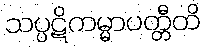
သပ္ပဋိကမ္မာပတ္တီတိ